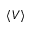
\langle V \rangle